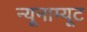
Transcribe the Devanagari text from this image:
न्यूनाम्यूट